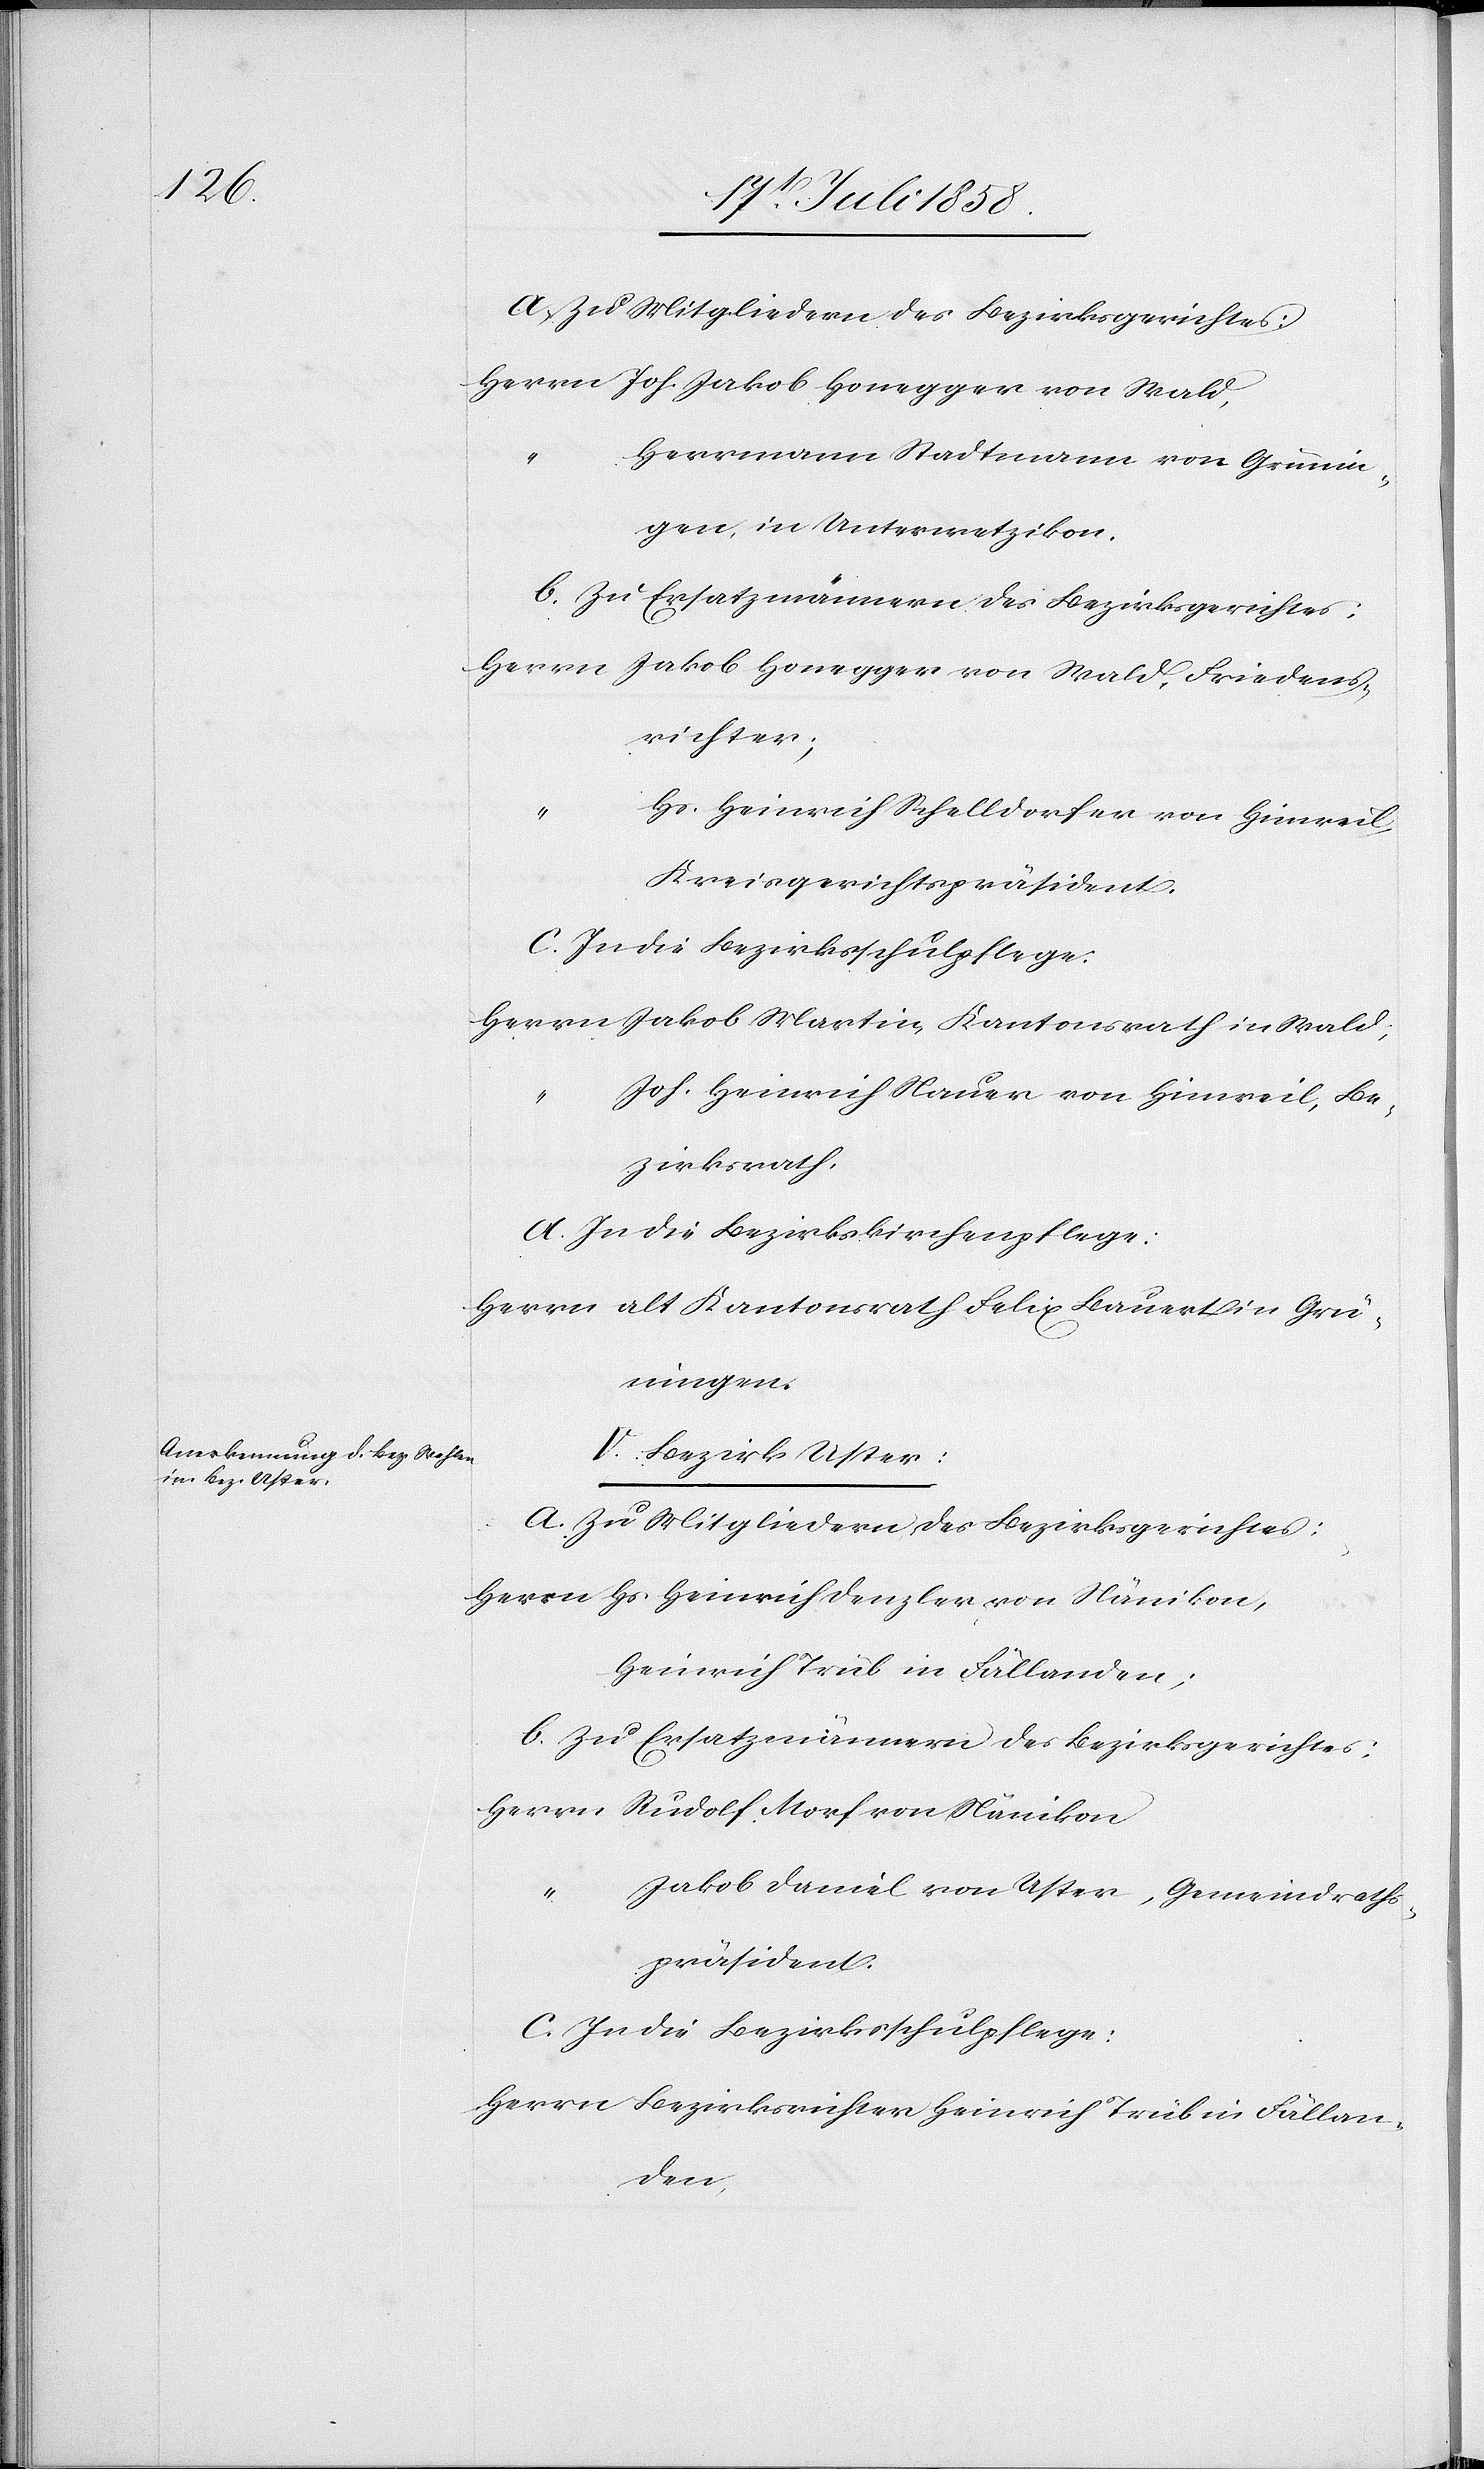
Herrn Joh. Jakob Honegger von Wald,
Herrmann Stadtmann von Grünin¬
gen, in Unterwetzikon.
b. Zu Ersatzmännern des Bezirksgerichtes:
Herrn Jakob Honegger von Wald, Friedens¬
richter;
Hs. Heinrich Schelldorfer von Hinweil,
Kreisgerichtspräsident.
c. In die Bezirksschulpflege:
Herrn Jakob Martin, Kantonsrath in Wald;
Joh. Heinrich Nauer von Hinweil, Be¬
zirksrath.
d. In die Bezirkskirchenpflege:
Herrn alt Kantonsrath Felix Bauert in Grü¬
ningen.
V. Bezirk Uster:
a. Zu Mitgliedern des Bezirksgerichtes:
Herrn Hs. Heinrich Denzler von Nänikon,
Heinrich Trüb in Fällanden;
b. Zu Ersatzmännern des Bezirksgerichtes:
Herrn Rudolf Morf von Nänikon
Jakob Daniel von Uster, Gemeindraths¬
präsident.
c. In die Bezirksschulpflege:
Herrn Bezirksrichter Heinrich Trüb in Fällan¬
den,